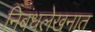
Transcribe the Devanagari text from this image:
निबंधलेखनात